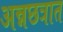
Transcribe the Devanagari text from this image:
अन्नछत्रात